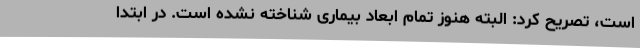
است، تصریح کرد: البته هنوز تمام ابعاد بیماری شناخته نشده است. در ابتدا